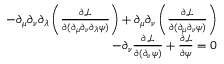
\begin{array} { r } { - \partial _ { \mu } \partial _ { \nu } \partial _ { \lambda } \left( \frac { \partial \mathcal { L } } { \partial ( \partial _ { \mu } \partial _ { \nu } \partial _ { \lambda } \psi ) } \right) + \partial _ { \mu } \partial _ { \nu } \left( \frac { \partial \mathcal { L } } { \partial ( \partial _ { \mu } \partial _ { \nu } \psi ) } \right) } \\ { - \partial _ { \nu } \frac { \partial \mathcal { L } } { \partial ( \partial _ { \nu } \psi ) } + \frac { \partial \mathcal { L } } { \partial \psi } = 0 } \end{array}